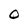
Character: O